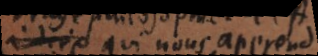
à dire qui nous apprend